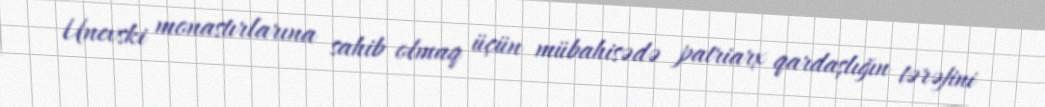
Unevski monastırlarına sahib olmaq üçün mübahisədə patriarx qardaşlığın tərəfini